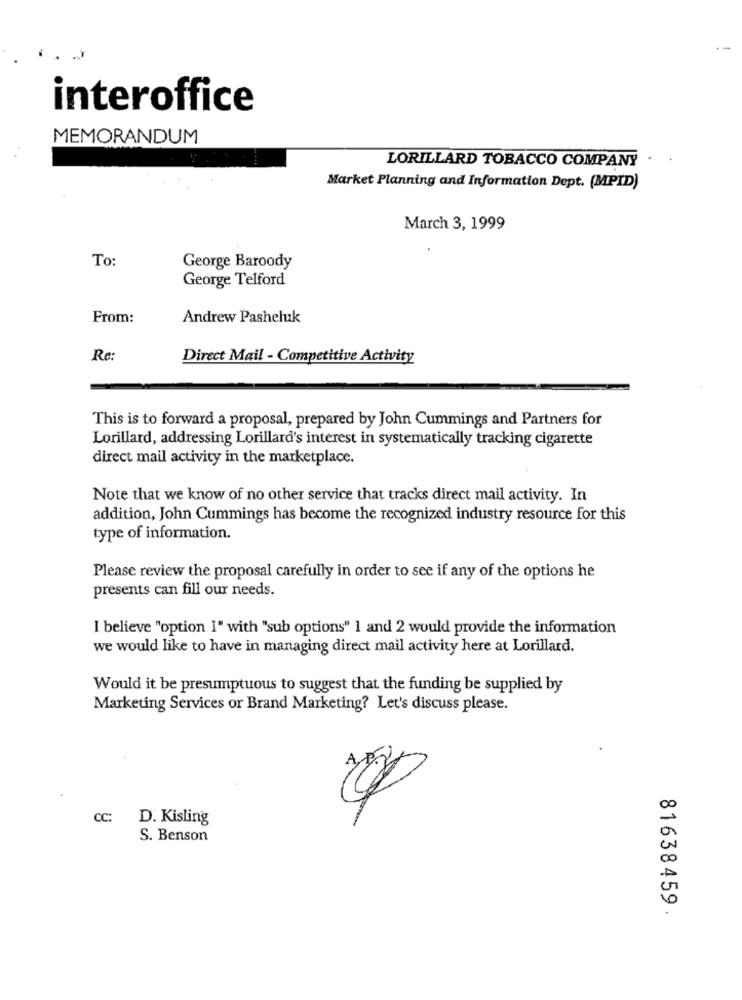
interoffice
MEMORANDUM
LORILLARD TOBACCO COMPANY .
Market Planning and Information Dept. (MPID)
March 3, 1999
To:
George Baroody
George Telford
From:
Andrew Pasheluk
Re:
Direct Mail - Competitive Activity
This is to forward a proposal, prepared by John Cummings and Partners for
Lorillard, addressing Lorillard's interest in systematically tracking cigarette
direct mail activity in the marketplace.
Note that we know of no other service that tracks direct mail activity. In
addition, John Cummings has become the recognized industry resource for this
type of information.
Please review the proposal carefully in order to see if any of the options he
presents can fill our needs.
I believe "option 1" with "sub options" 1 and 2 would provide the information
we would like to have in managing direct mail activity here at Lorillard.
Would it be presumptuous to suggest that the funding be supplied by
Marketing Services or Brand Marketing? Let's discuss please.
7
CC:
D. Kisling
S. Benson
81638459.